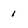
Character: 1